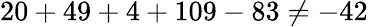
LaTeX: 20+49+4+109-83\neq-42